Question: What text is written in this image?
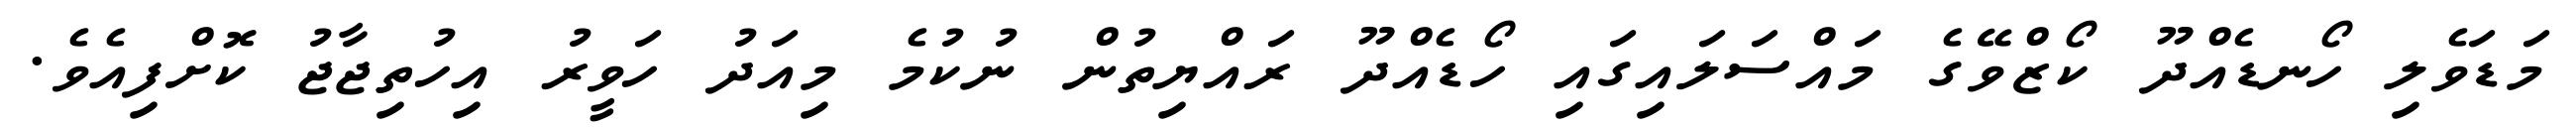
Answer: މަޑަވެލި ހޯނޑެއްދޫ ކޯޒްވޭގެ މައްސަލައިގައި ހޯޑެއްދޫ ރައްޔިތުން ނުކުމެ މިއަދު ހަވީރު އިހުތިޖާޖު ކޮށްފިއެވެ.